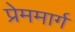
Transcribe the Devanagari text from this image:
प्रेममार्ग